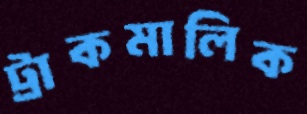
ট্রাকমালিক